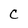
Character: c